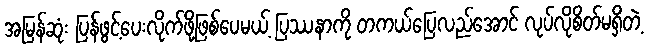
အမြန်ဆုံး ပြန်ဖွင့်ပေးလိုက်ဖို့ဖြစ်ပေမယ့် ပြဿနာကို တကယ်ပြေလည်အောင် လုပ်လိုစိတ်မရှိတဲ့